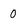
Character: 0